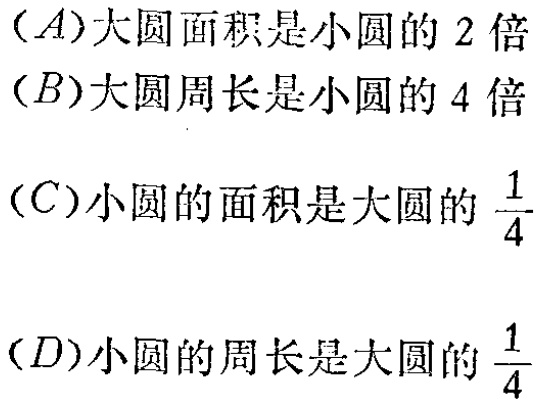
$(A)$大圆面积是小圆的$2$倍

$(B)$大圆周长是小圆的$4$倍

$(C)$小圆的面积是大圆的$\frac{1}{4}$

$(D)$小圆的周长是大圆的$\frac{1}{4}$